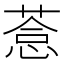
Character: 𦷋